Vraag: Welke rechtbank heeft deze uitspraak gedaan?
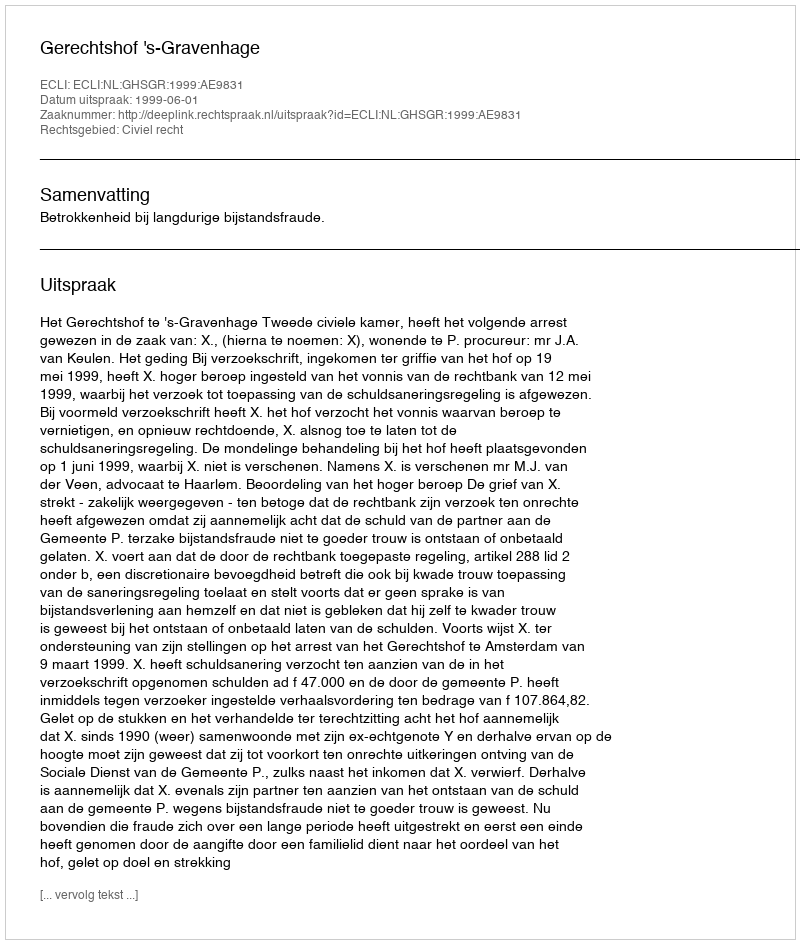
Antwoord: Gerechtshof 's-Gravenhage